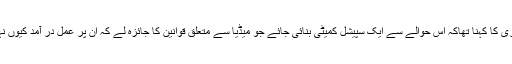
فواد چودھری کا کہنا تھاکہ اس حوالے سے ایک سپیشل کمیٹی بنائی جائے جو میڈیا سے متعلق قوانین کا جائزہ لے کہ ان پر عمل در آمد کیوں نہیں ہورہا ؟